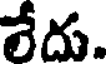
లేదు.